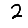
Digit: 2